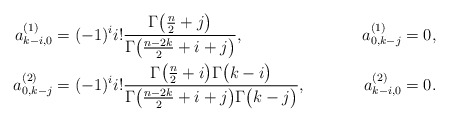
\begin{align*} a_{k-i,0}^{(1)} & = (-1)^i i! \frac{\Gamma\bigl(\frac{n}{2}+j\bigr)}{\Gamma\bigl(\frac{n-2k}{2}+i+j\bigr)} , & a_{0,k-j}^{(1)} & = 0 , \\ a_{0,k-j}^{(2)} & = (-1)^i i! \frac{\Gamma\bigl(\frac{n}{2}+i\bigr)\Gamma\bigl(k-i\bigr)}{\Gamma\bigl(\frac{n-2k}{2}+i+j\bigr)\Gamma\bigl(k-j\bigr)} , & a_{k-i,0}^{(2)} & = 0 . \end{align*}